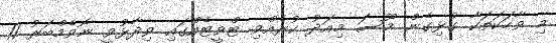
މި ވާހަކަތަކާ ގުޅިގެން މޫސަ މިއަދު ކުރެއްވި ޓްވީޓެއްގައި ވިދާޅުވީ ނޮވެމްބަރު 11